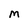
Character: M